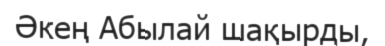
Әкең Абылай шақырды,